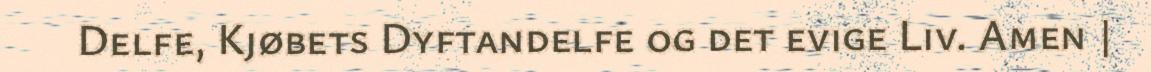
Delfe, Kjøbets Dyftandelfe og det evige Liv. Amen |